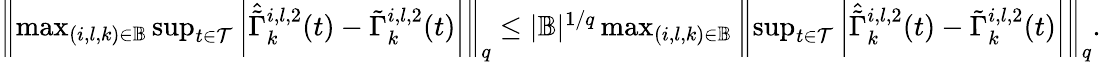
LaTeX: \begin{array}{r}{\left\| \operatorname*{max}_{(i,l,k)\in\mathbb{B}}\operatorname*{sup}_{t\in\mathcal{T}}\left|\hat{\tilde{\Gamma}}_{k}^{i,l,2}(t)-\tilde{\Gamma}_{k}^{i,l,2}(t)\right|\right\| _{q}\leq|\mathbb{B}|^{1/q}\operatorname*{max}_{(i,l,k)\in\mathbb{B}}\left\| \operatorname*{sup}_{t\in\mathcal{T}}\left|\hat{\tilde{\Gamma}}_{k}^{i,l,2}(t)-\tilde{\Gamma}_{k}^{i,l,2}(t)\right|\right\| _{q}.}\end{array}